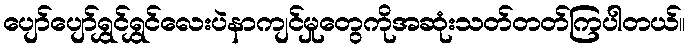
ပျော်ပျော်ရွှင်ရွှင်လေးပဲနာကျင်မှုတွေကိုအဆုံးသတ်တတ်ကြပါတယ်။